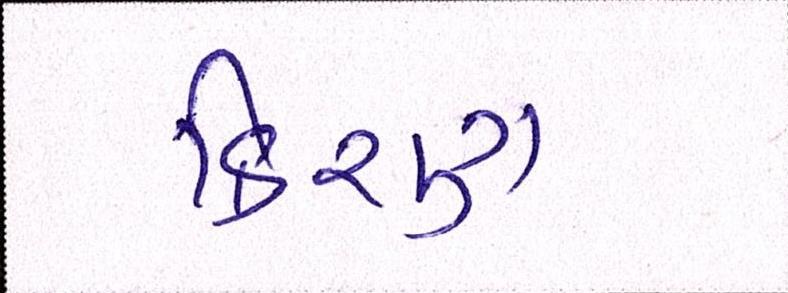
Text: કિરણ